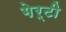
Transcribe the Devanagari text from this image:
गेर्टी